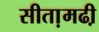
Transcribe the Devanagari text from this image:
सीता़मढी़